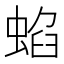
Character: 蜭